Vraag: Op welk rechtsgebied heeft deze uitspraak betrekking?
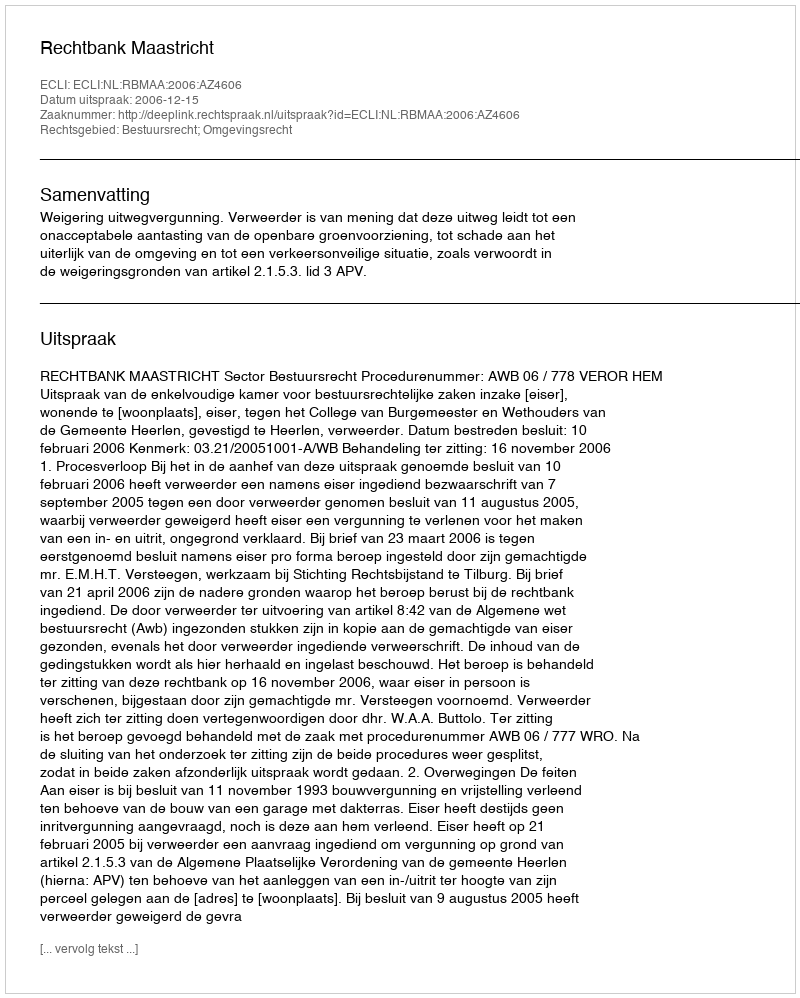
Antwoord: Bestuursrecht; Omgevingsrecht